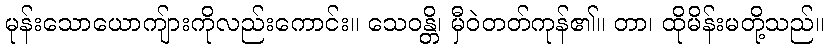
မုန်းသောယောကျ်ားကိုလည်းကောင်း။ သေဝန္တိ၊ မှီဝဲတတ်ကုန်၏။ တာ၊ ထိုမိန်းမတို့သည်။